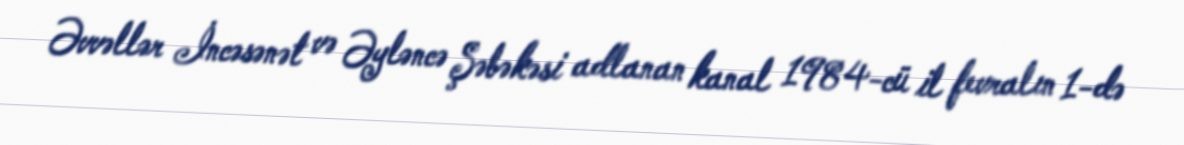
Əvvəllər İncəsənət və Əyləncə Şəbəkəsi adlanan kanal 1984-cü il fevralın 1-də